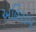
અહિરામ